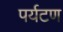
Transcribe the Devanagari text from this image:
पर्यटण